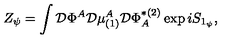
Z _ { \psi } = \int { \cal D } \Phi ^ { A } { \cal D } \mu _ { ( 1 ) } ^ { A } { \cal D } \Phi _ { A } ^ { * ( 2 ) } \exp i S _ { 1 _ { \psi } } ,